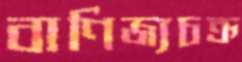
বাণিজ্যচক্র